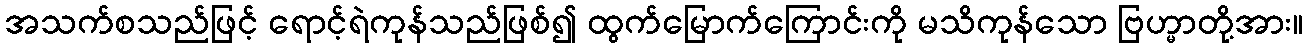
အသက်စသည်ဖြင့် ရောင့်ရဲကုန်သည်ဖြစ်၍ ထွက်မြောက်ကြောင်းကို မသိကုန်သော ဗြဟ္မာတို့အား။